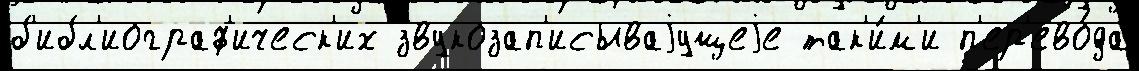
б'ибл'иограф'ическ'их звукозап'исываjущеjе так'и́м'и п'ер'ево́да